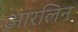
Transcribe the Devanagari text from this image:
आरलिन